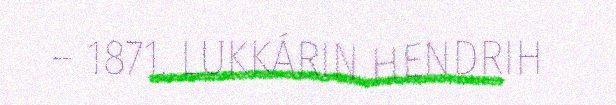
– 1871. LUKKÁRIN HENDRIH